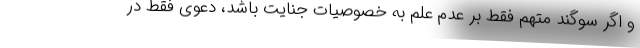
و اگر سوگند متهم فقط بر عدم علم به خصوصیات جنایت باشد، دعوی فقط در